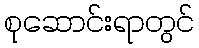
စုဆောင်းရာတွင်